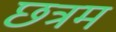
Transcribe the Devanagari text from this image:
छत्रम